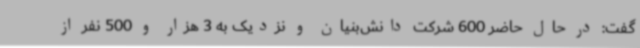
گفت: در حال حاضر 600 شرکت دانش‌بنیان و نزدیک به 3 هزار و 500 نفر از